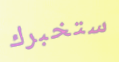
ستخبرك